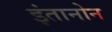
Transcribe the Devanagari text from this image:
इंतानोन